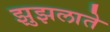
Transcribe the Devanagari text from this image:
झुझलाते